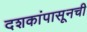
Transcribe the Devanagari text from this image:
दशकांपासूनची